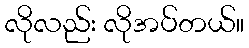
လိုလည်း လိုအပ်တယ်။